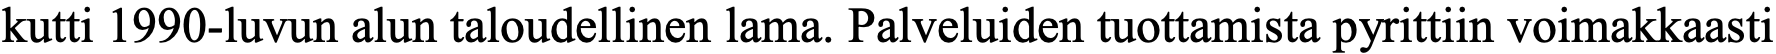
kutti 1990-luvun alun taloudellinen lama. Palveluiden tuottamista pyrittiin voimakkaasti